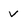
Character: v